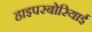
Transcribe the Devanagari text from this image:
हाइपरबोरियाई